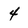
Character: 4